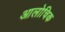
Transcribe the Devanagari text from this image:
आलोचिक